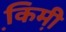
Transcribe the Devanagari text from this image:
कि़मी़